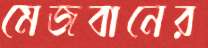
মেজবানের